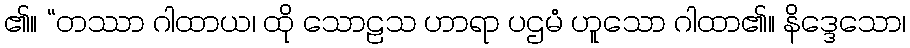
၏။ “တဿာ ဂါထာယ၊ ထို သောဠသ ဟာရာ ပဌမံ ဟူသော ဂါထာ၏။ နိဒ္ဒေသော၊